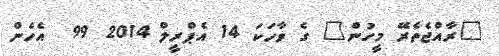
"ރާއްޖެތެރޭ މީހުން" ގެ ވާހަކަ 14 އެޕްރީލް 2014 99  އެހެން